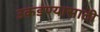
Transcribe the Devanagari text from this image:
उकडण्यासाठी